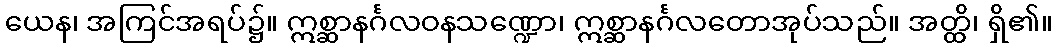
ယေန၊ အကြင်အရပ်၌။ ဣစ္ဆာနင်္ဂလဝနသဏ္ဍော၊ ဣစ္ဆာနင်္ဂလတောအုပ်သည်။ အတ္ထိ၊ ရှိ၏။